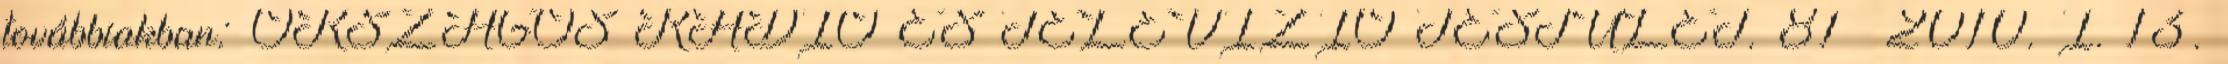
továbbiakban: ORSZÁGOS RÁDIÓ ÉS TELEVÍZIÓ TESTÜLET. 81 2010. I. 13.